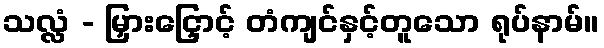
သလ္လံ - မြှားငြှောင့် တံကျင်နှင့်တူသော ရုပ်နာမ်။